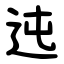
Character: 迍